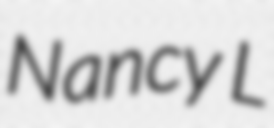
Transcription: Nancy L